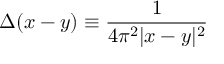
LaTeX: \Delta ( x - y ) \equiv { \frac { 1 } { 4 \pi ^ { 2 } | x - y | ^ { 2 } } }